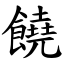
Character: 饒